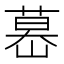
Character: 𦷤